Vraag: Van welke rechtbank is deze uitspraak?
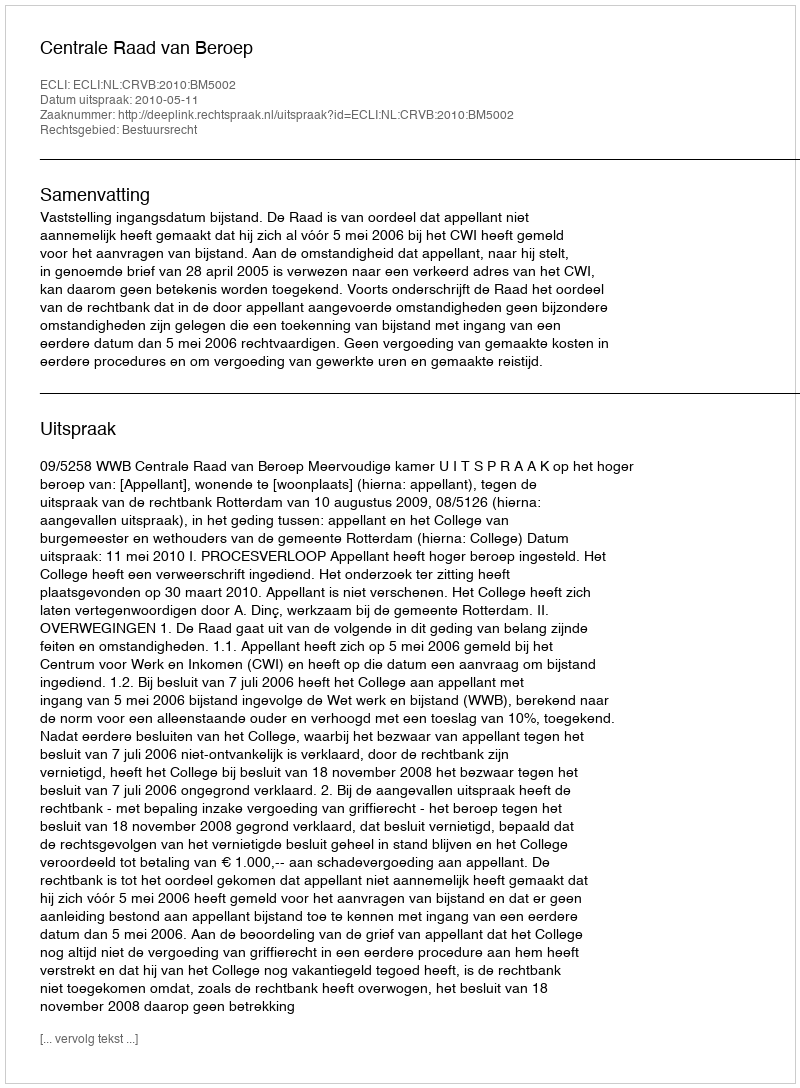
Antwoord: Centrale Raad van Beroep